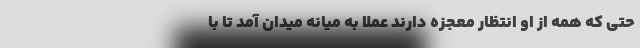
حتی که همه از او انتظار معجزه دارند عملاً به میانه میدان آمد تا با